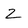
Character: 2